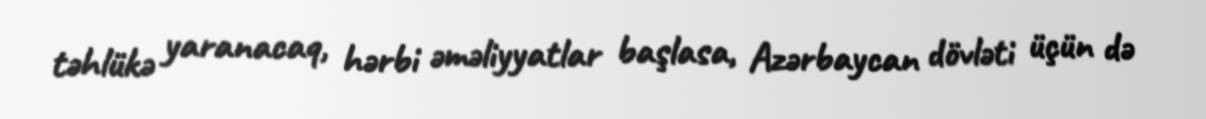
təhlükə yaranacaq, hərbi əməliyyatlar başlasa, Azərbaycan dövləti üçün də